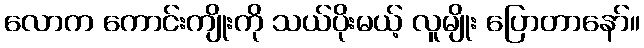
လောက ကောင်းကျိုးကို သယ်ပိုးမယ့် လူမျိုး ပြောတာနော်။